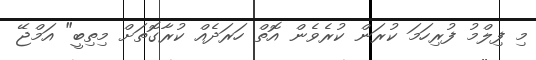
މި ފިލްމު ފުރިހަމަ ކުރަން ކުރެވެން އޮތް ހަރަދެއް ކުރާގޮތަށް މިތިބީ" އަމްޖޭ